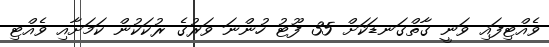
ވެއްޓިފައި ވަނީ ގާތްގަނޑަކަށް 35 ފޫޓު ހުންނަ ވަރުގެ ރުކަކުން ކަމަށާއި ވެއްޓި